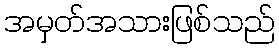
အမှတ်အသားဖြစ်သည်